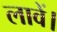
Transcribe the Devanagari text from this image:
लावें।